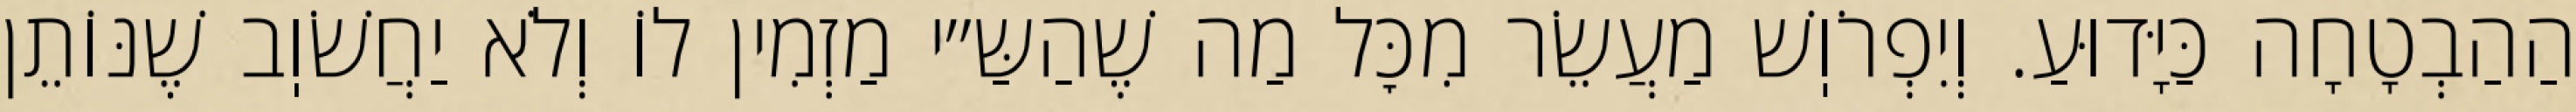
הַהַבְטָחָה כַּיָּדוּעַ. וְיִפְרֹוֽשׁ מַעֲשֵׂר מִכׇּל מַה שֶׁהַשַּ״י מַזְמִין לוֹ וְלֹא יַחֲשֹׁוֽב שֶׁנּוֹתֵן